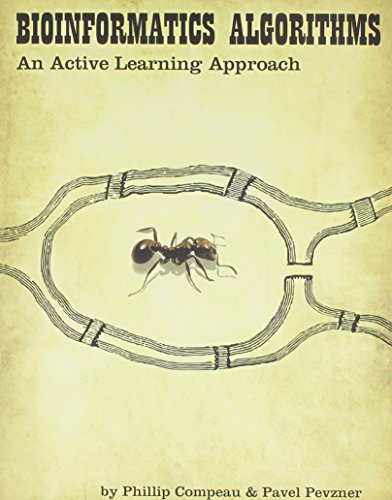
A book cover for Bioinformatics Algorithms An Active Learning Approach; Phillip Compeau; Computers & Technology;